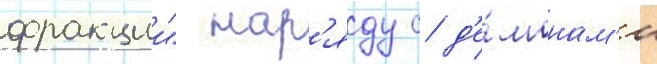
фракции" нар'яду с д'е́монам'и